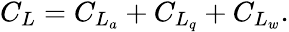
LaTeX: \begin{array}{r}{C_{L}=C_{L_{a}}+C_{L_{q}}+C_{L_{w}}.}\end{array}